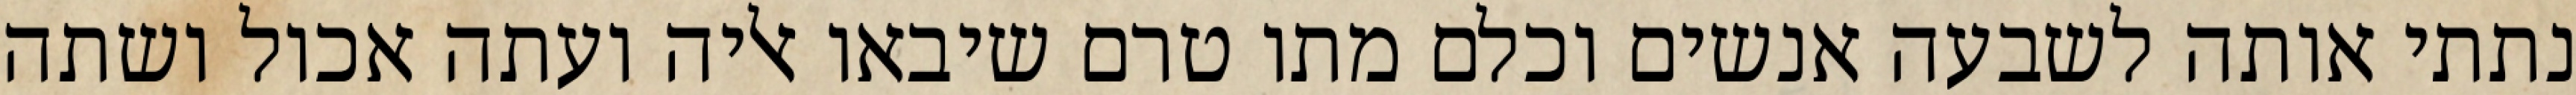
נתתי אותה לשבעה אנשים וכלם מתו טרם שיבאו אליה ועתה אכול ושתה